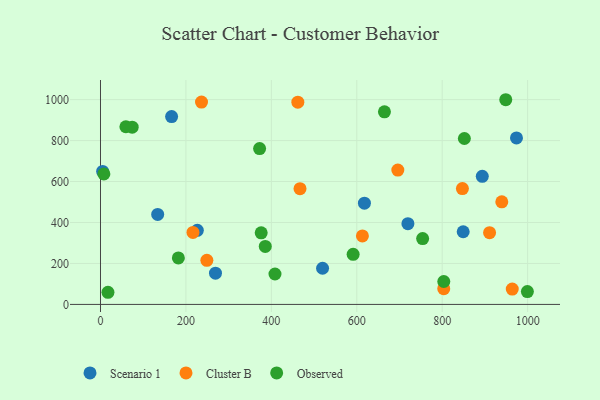
{"axis": {"x": "Investment", "y": "Demand"}, "legend": ["Cluster B", "Observed", "Scenario 1"], "data": [{"x": "133.9", "y": 439.2, "type": "Scenario 1"}, {"x": "519.9", "y": 176.6, "type": "Scenario 1"}, {"x": "226.7", "y": 361.7, "type": "Scenario 1"}, {"x": "269.2", "y": 152.5, "type": "Scenario 1"}, {"x": "893.8", "y": 625.3, "type": "Scenario 1"}, {"x": "849.1", "y": 354.9, "type": "Scenario 1"}, {"x": "166.5", "y": 917.0, "type": "Scenario 1"}, {"x": "973.9", "y": 812.8, "type": "Scenario 1"}, {"x": "617.9", "y": 494.6, "type": "Scenario 1"}, {"x": "719.7", "y": 394.4, "type": "Scenario 1"}, {"x": "5.0", "y": 649.4, "type": "Scenario 1"}, {"x": "613.2", "y": 334.6, "type": "Cluster B"}, {"x": "462.0", "y": 987.7, "type": "Cluster B"}, {"x": "803.6", "y": 77.0, "type": "Cluster B"}, {"x": "964.0", "y": 74.7, "type": "Cluster B"}, {"x": "696.1", "y": 655.9, "type": "Cluster B"}, {"x": "216.5", "y": 351.3, "type": "Cluster B"}, {"x": "847.3", "y": 565.5, "type": "Cluster B"}, {"x": "249.0", "y": 215.2, "type": "Cluster B"}, {"x": "910.9", "y": 350.3, "type": "Cluster B"}, {"x": "939.5", "y": 501.2, "type": "Cluster B"}, {"x": "467.1", "y": 565.3, "type": "Cluster B"}, {"x": "236.5", "y": 988.0, "type": "Cluster B"}, {"x": "803.7", "y": 112.0, "type": "Observed"}, {"x": "851.9", "y": 810.1, "type": "Observed"}, {"x": "182.3", "y": 227.1, "type": "Observed"}, {"x": "59.4", "y": 867.6, "type": "Observed"}, {"x": "664.8", "y": 940.4, "type": "Observed"}, {"x": "754.2", "y": 321.3, "type": "Observed"}, {"x": "376.2", "y": 349.7, "type": "Observed"}, {"x": "408.5", "y": 148.5, "type": "Observed"}, {"x": "385.8", "y": 283.2, "type": "Observed"}, {"x": "74.2", "y": 865.3, "type": "Observed"}, {"x": "999.4", "y": 62.9, "type": "Observed"}, {"x": "372.5", "y": 760.8, "type": "Observed"}, {"x": "591.5", "y": 244.4, "type": "Observed"}, {"x": "7.9", "y": 637.1, "type": "Observed"}, {"x": "17.5", "y": 59.3, "type": "Observed"}, {"x": "948.8", "y": 999.5, "type": "Observed"}]}